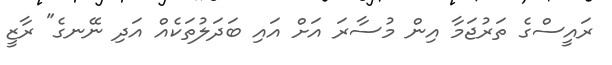
ރައީސްގެ ތަރުޖަމާ އިން މުސާރަ އަށް އައި ބަދަލުތަކެއް އަދި ނޭނގެ" ރާޒީ